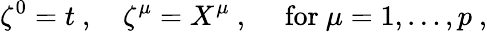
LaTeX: \zeta^{0}=t\ ,\quad\zeta^{\mu}=X^{\mu}\ ,\quad\mathrm{~for~}\mu=1,\ldots,p\ ,